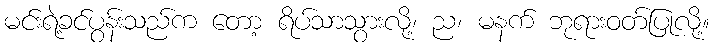
မင်းရဲ့ခင်ပွန်းသည်က တော့ ရိပ်သာသွားလို့၊ ည၊ မနက် ဘုရားဝတ်ပြုလို့။